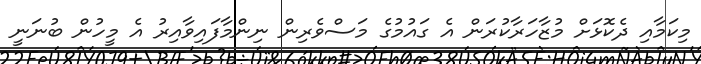
މިކަމާއި ދެކޮޅަށް މުޒާހަރާކުރަން އެ ގައުމުގެ މަސްވެރިން ނިންމާފައިވާއިރު އެ މީހުން ބުނަނީ